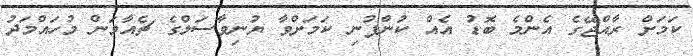
ކަމަށް ރާއްޖޭގެ އެންމެ ބޮޑު އެއް ކުންފުނި ކަަމަށްވާ ޔުނިވާސަލްގެ ޗެއާމަން މުހައްމަދު